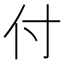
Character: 付